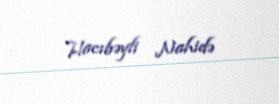
Hacıbəyli Nahidə